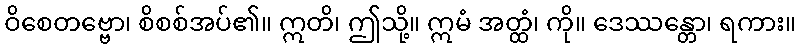
ဝိစေတဗ္ဗော၊ စိစစ်အပ်၏။ ဣတိ၊ ဤသို့။ ဣမံ အတ္ထံ၊ ကို။ ဒေဿန္တော၊ ရကား။